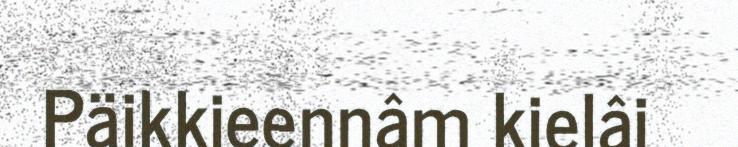
Päikkieennâm kielâi